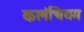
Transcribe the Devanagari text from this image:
कलंचियम